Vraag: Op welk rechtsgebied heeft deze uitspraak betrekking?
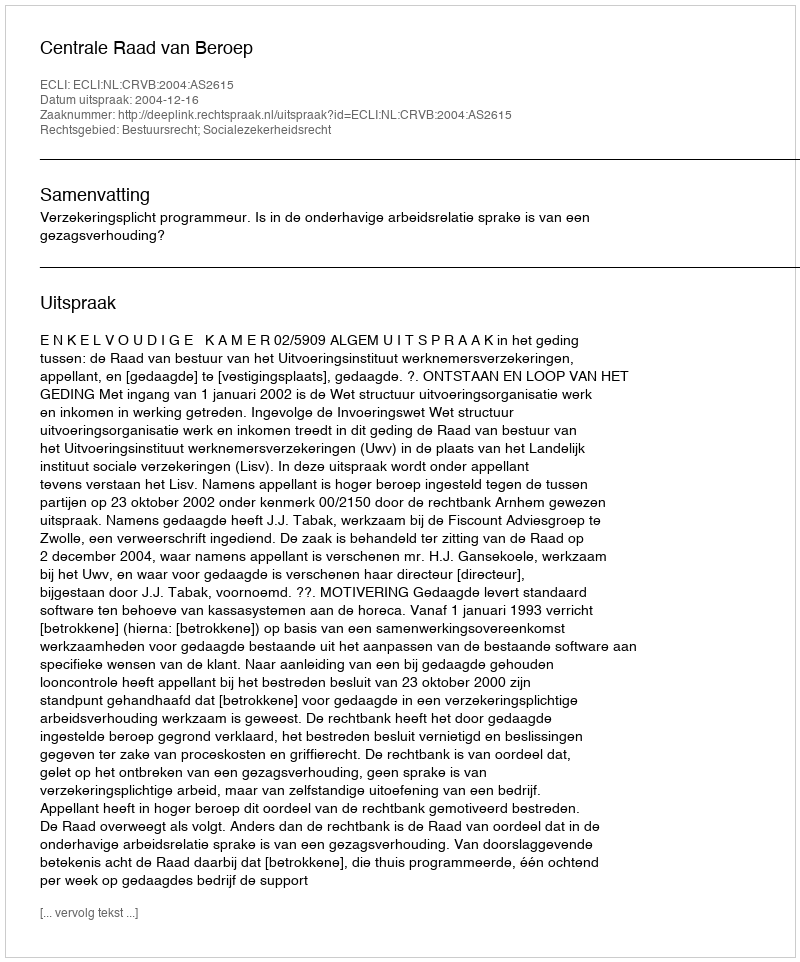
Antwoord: Bestuursrecht; Socialezekerheidsrecht